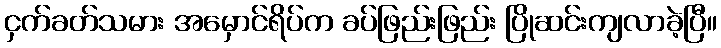
ငှက်ခတ်သမား အမှောင်ရိပ်က ခပ်ဖြည်းဖြည်း ပြိုဆင်းကျလာခဲ့ပြီ။